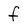
Character: f